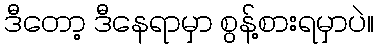
ဒီတော့ ဒီနေရာမှာ စွန့်စားရမှာပဲ။